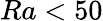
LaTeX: Ra<50